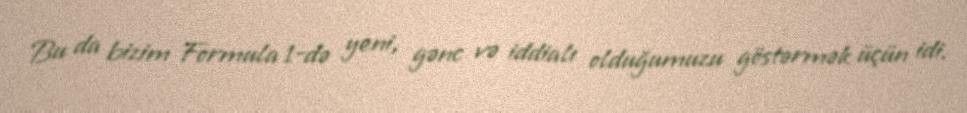
Bu da bizim Formula 1-də yeni, gənc və iddialı olduğumuzu göstərmək üçün idi.